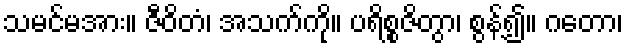
သမင်မအား။ ဇီဝိတံ၊ အသက်ကို။ ပရိစ္စဇိတွာ၊ စွန့်၍။ ဂတော၊